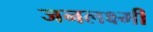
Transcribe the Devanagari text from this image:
जनलक्ष्मी